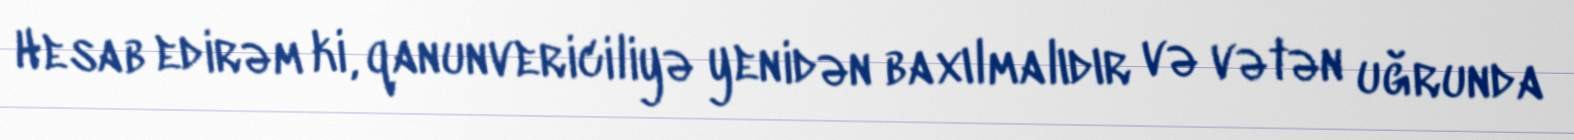
Hesab edirəm ki, qanunvericiliyə yenidən baxılmalıdır və vətən uğrunda